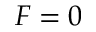
F = 0